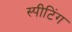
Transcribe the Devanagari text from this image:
स्पीटिंग